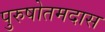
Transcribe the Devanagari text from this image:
पुरुषोतमदास